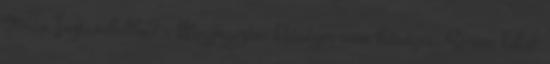
26-án Isztambulba? : Megjegyzés: Hűséges nem hűséges: Sosem lehet